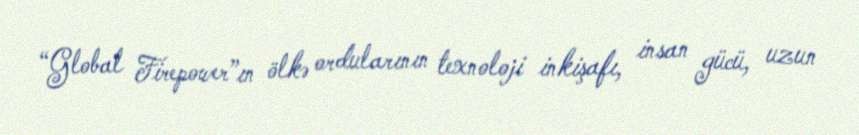
“Global Firepower”ın ölkə ordularının texnoloji inkişafı, insan gücü, uzun